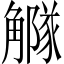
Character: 𧥃